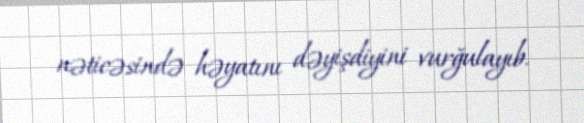
nəticəsində həyatını dəyişdiyini vurğulayıb.